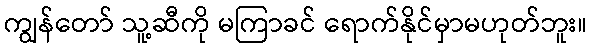
ကျွန်တော် သူ့ဆီကို မကြာခင် ရောက်နိုင်မှာမဟုတ်ဘူး။